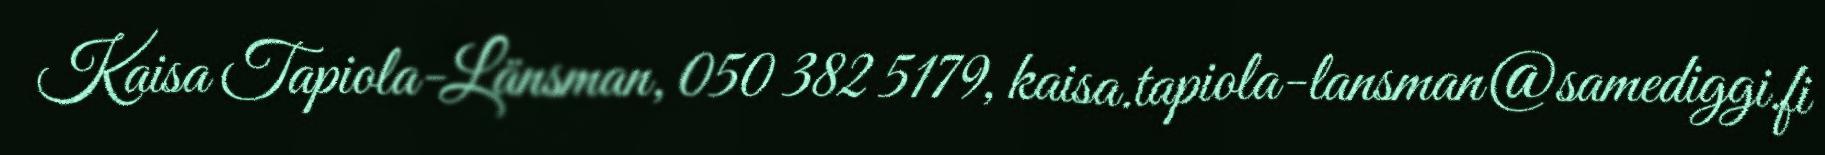
Kaisa Tapiola-Länsman, 050 382 5179, kaisa.tapiola-lansman@samediggi.fi